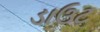
ડાઉટ